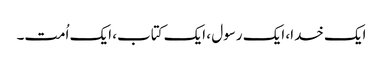
ایک خدا، ایک رسول ، ایک کتاب، ایک اُمت۔